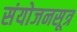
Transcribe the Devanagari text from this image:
संयोजनसूत्र